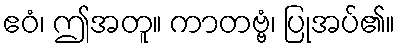
ဧဝံ၊ ဤအတူ။ ကာတဗ္ဗံ၊ ပြုအပ်၏။